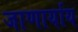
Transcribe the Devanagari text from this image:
जाणार्याय